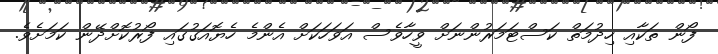
ފޯން ތަކާއި ހިދުމަތް ކަސްޓަމަރުންނަށް ވީހާވެސް އަވަހަކަށް އެންމެ ހެޔޮއަގުގައި ފޯރުކޮށްދޭން ކަމަށެވެ.